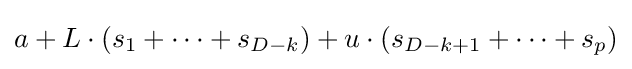
a+L\cdot (s_{1}+\cdots +s_{D-k})+u\cdot (s_{D-k+1}+\cdots +s_{p})